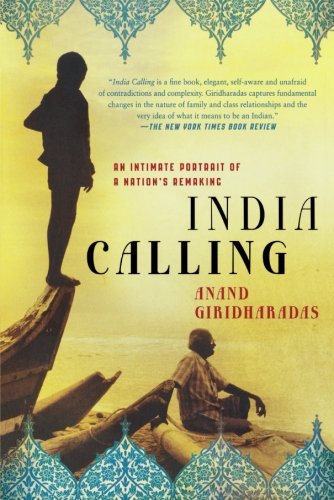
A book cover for India Calling: An Intimate Portrait of a Nation's Remaking; Anand Giridharadas; Travel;